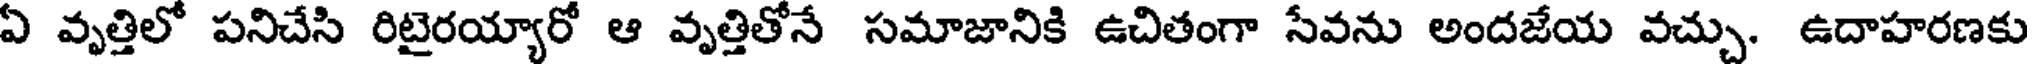
ఏ వృత్తిలో పనిచేసి రిటైరయ్యారో ఆ వృత్తితోనే సమాజానికి ఉచితంగా సేవను అందజేయ వచ్చు. ఉదాహరణకు